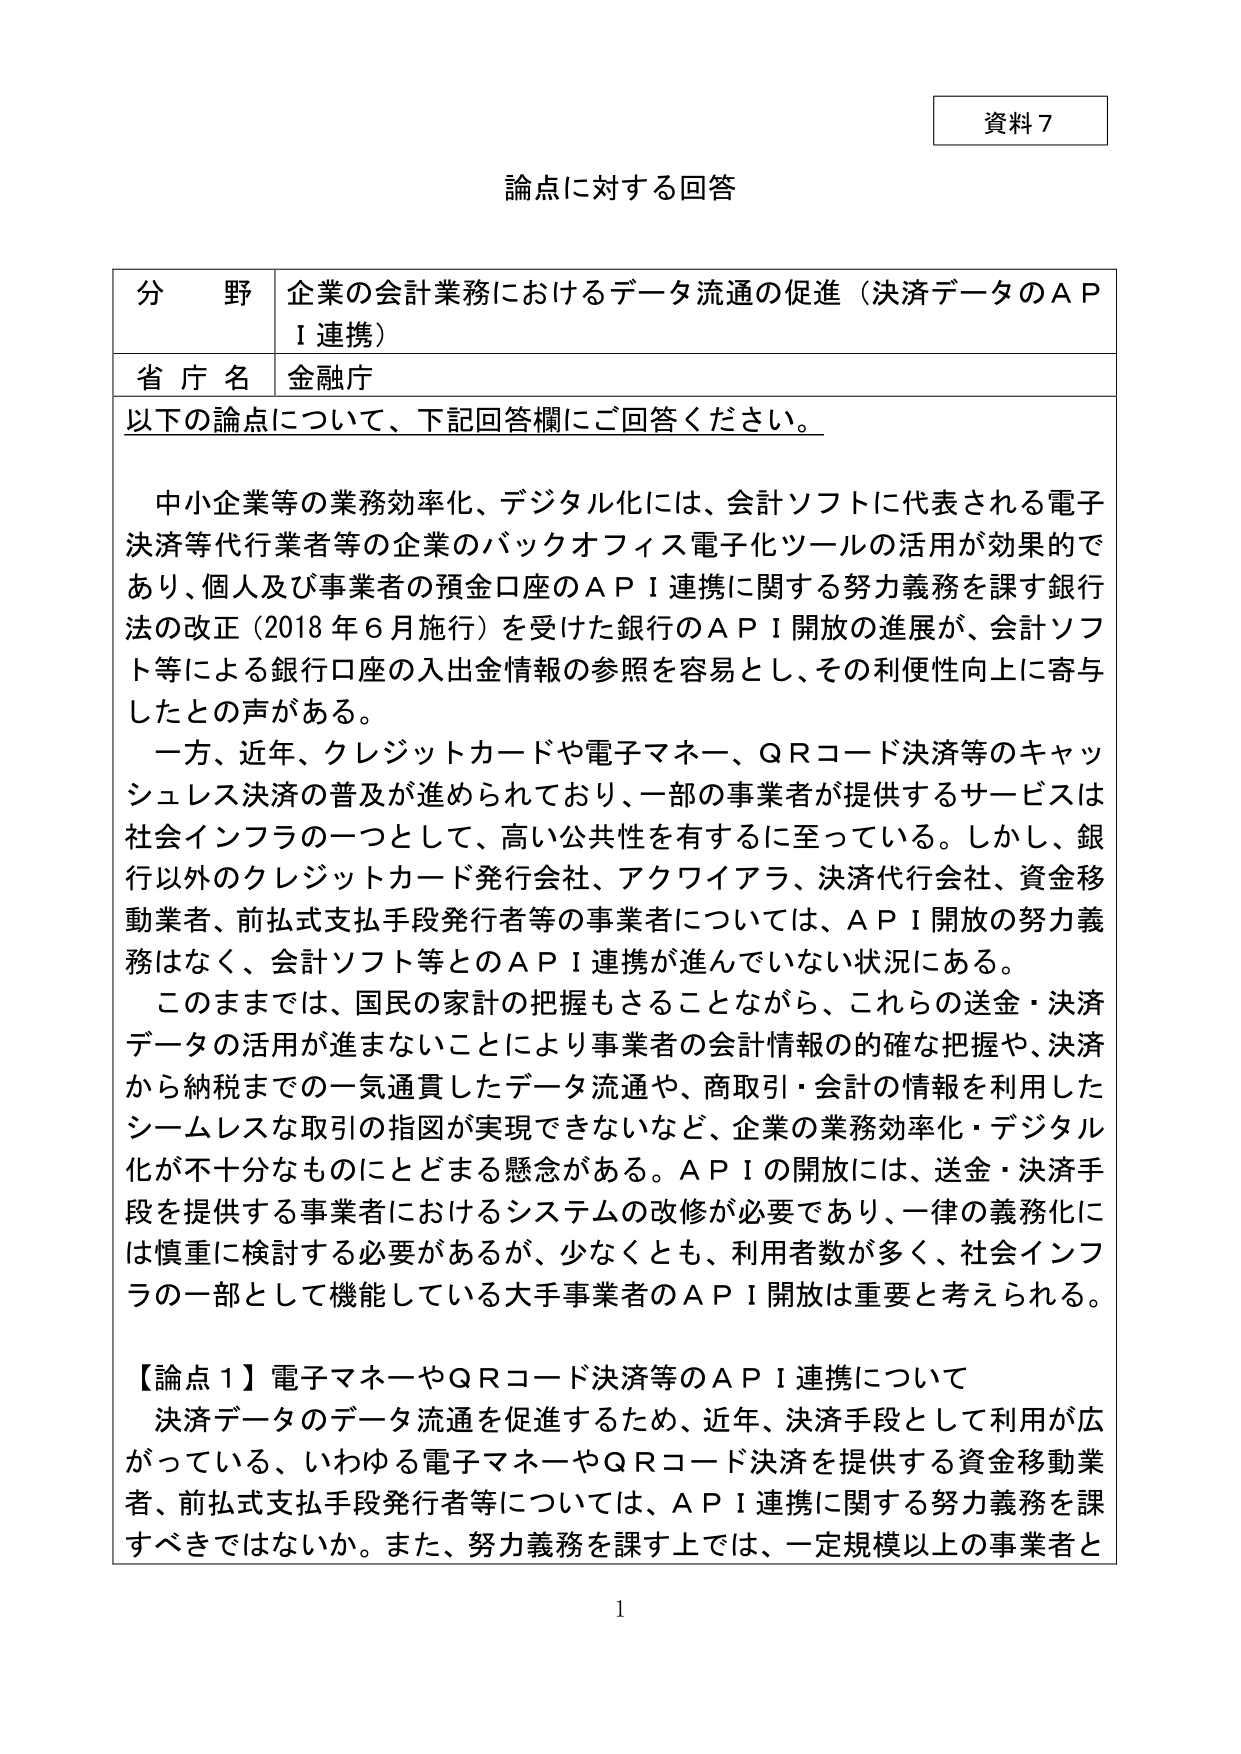
資料７

論点に対する回答

分野 企業の会計業務におけるデータ流通の促進（決済データのＡＰＩ連携）
省庁名 金融庁

以下の論点について、下記回答欄にご回答ください。

中小企業等の業務効率化、デジタル化には、会計ソフトに代表される電子決済等代行業者等の企業のバックオフィス電子化ツールの活用が効果的であり、個人及び事業者の預金口座のＡＰＩ連携に関する努力義務を課す銀行法の改正（2018年6月施行）を受けた銀行のＡＰＩ開放の進展が、会計ソフト等による銀行口座の入出金情報の参照を容易とし、その利便性向上に寄与したとの声がある。

一方、近年、クレジットカードや電子マネー、ＱＲコード決済等のキャッシュレス決済の普及が進められており、一部の事業者が提供するサービスは社会インフラの一つとして、高い公共性を有するに至っている。しかし、銀行以外のクレジットカード発行会社、アクワイアラ、決済代行会社、資金移動業者、前払式支払手段発行者等の事業者については、ＡＰＩ開放の努力義務はなく、会計ソフト等とのＡＰＩ連携が進んでいない状況にある。

このままでは、国民の家計の把握もさることながら、これらの送金・決済データの活用が進まないことにより事業者の会計情報の的確な把握や、決済から納税までの一気通貫したデータ流通や、商取引・会計の情報を利用したシームレスな取引の指図が実現できないなど、企業の業務効率化・デジタル化が不十分なものにとどまる懸念がある。ＡＰＩの開放には、送金・決済手段を提供する事業者におけるシステムの改修が必要であり、一律の義務化には慎重に検討する必要があるが、少なくとも、利用者数が多く、社会インフラの一部として機能している大手事業者のＡＰＩ開放は重要と考えられる。

【論点１】電子マネーやＱＲコード決済等のＡＰＩ連携について
決済データのデータ流通を促進するため、近年、決済手段として利用が広がっている、いわゆる電子マネーやＱＲコード決済を提供する資金移動業者、前払式支払手段発行者等については、ＡＰＩ連携に関する努力義務を課すべきではないか。また、努力義務を課す上では、一定規模以上の事業者と

1